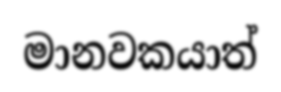
මානවකයාත්